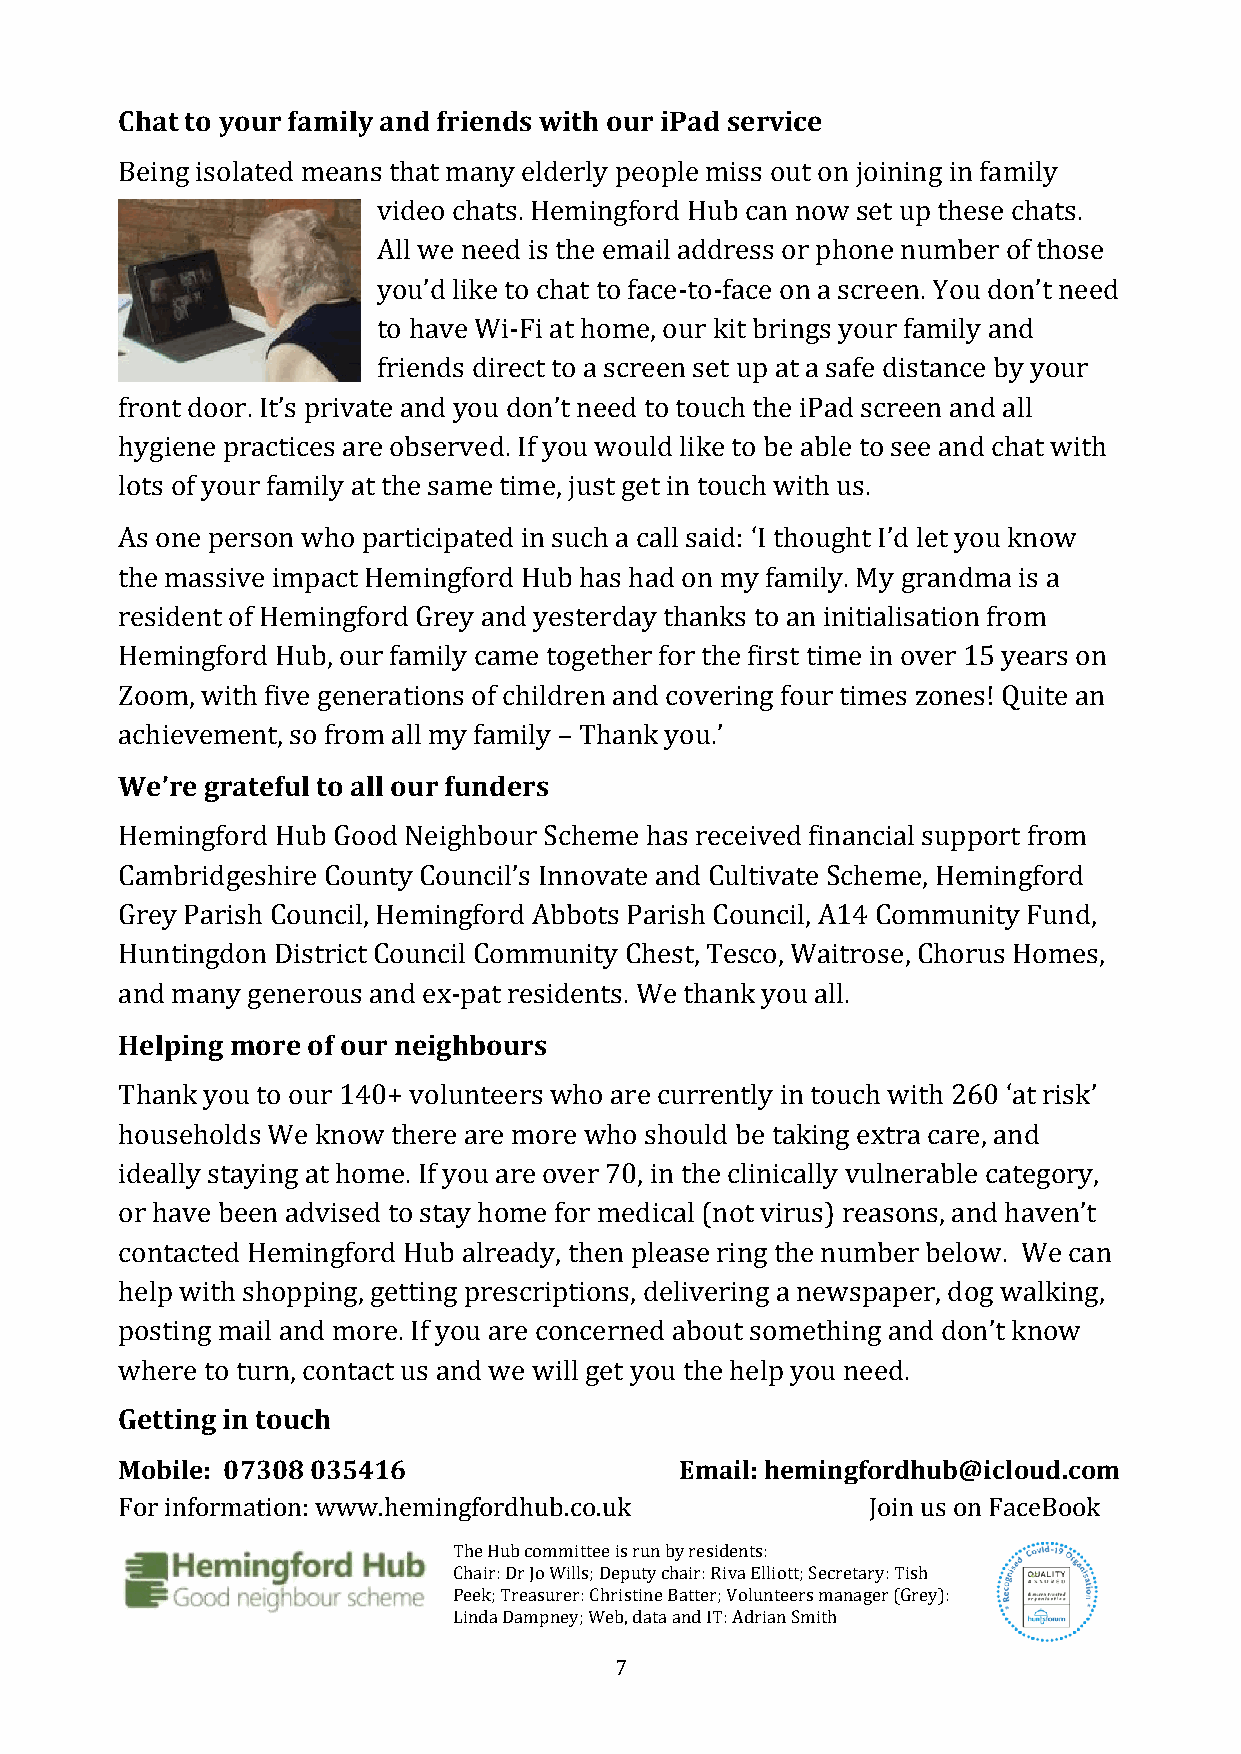
Chat to your family and friends with our iPad service
 Being isolated means that many elderly people miss out on joining in family
 video chats. Hemingford Hub can now set up these chats.
 All we need is the email address or phone number of those
 you’d like to chat to face-to-face on a screen. You don’t need
 to have Wi-Fi at home, our kit brings your family and
 friends direct to a screen set up at a safe distance by your
 front door. It’s private and you don’t need to touch the iPad screen and all
 hygiene practices are observed. If you would like to be able to see and chat with
 lots of your family at the same time, just get in touch with us.
 As one person who participated in such a call said: ‘I thought I’d let you know
 the massive impact Hemingford Hub has had on my family. My grandma is a
 resident of Hemingford Grey and yesterday thanks to an initialisation from
 Hemingford Hub, our family came together for the first time in over 15 years on
 Zoom, with five generations of children and covering four times zones! Quite an
 achievement, so from all my family – Thank you.’
 We’re grateful to all our funders
 Hemingford Hub Good Neighbour Scheme has received financial support from
 Cambridgeshire County Council’s Innovate and Cultivate Scheme, Hemingford
 Grey Parish Council, Hemingford Abbots Parish Council, A14 Community Fund,
 Huntingdon District Council Community Chest, Tesco, Waitrose, Chorus Homes,
 and many generous and ex-pat residents. We thank you all.
 Helping more of our neighbours
 Thank you to our 140+ volunteers who are currently in touch with 260 ‘at risk’
 households We know there are more who should be taking extra care, and
 ideally staying at home. If you are over 70, in the clinically vulnerable category,
 or have been advised to stay home for medical (not virus) reasons, and haven’t
 contacted Hemingford Hub already, then please ring the number below. We can
 help with shopping, getting prescriptions, delivering a newspaper, dog walking,
 posting mail and more. If you are concerned about something and don’t know
 where to turn, contact us and we will get you the help you need.
 Getting in touch
 Mobile: 07308 035416                 Email: hemingfordhub@icloud.com
 For information: www.hemingfordhub.co.uk         Join us on FaceBook
 The Hub committee is run by residents:
 Chair: Dr Jo Wills; Deputy chair: Riva Elliott; Secretary: Tish
 Peek; Treasurer: Christine Batter; Volunteers manager (Grey):
 Linda Dampney; Web, data and IT: Adrian Smith
 7